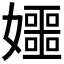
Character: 𪦰